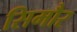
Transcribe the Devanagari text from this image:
सिमौर